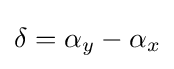
\delta =\alpha _{y}-\alpha _{x}